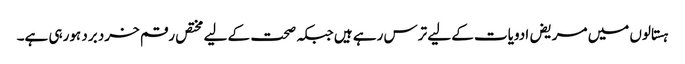
ہستالوں میں مریض ادویات کے لیے ترس رہے ہیں جبکہ صحت کے لیے مختص رقم خرد برد ہورہی ہے۔